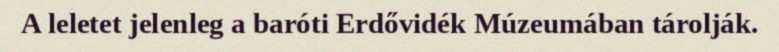
A leletet jelenleg a baróti Erdővidék Múzeumában tárolják.